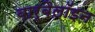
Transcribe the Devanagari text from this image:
बार्बैलॉइन